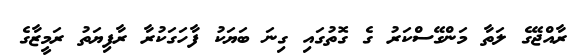
ރާއްޖޭގެ ލަތާ މަންގޭސްކަރު ގެ ގޮތުގައި ގިނަ ބަޔަކު ފާހަގަކުރާ ރާފިޔަތު ރަމީޒާގެ